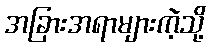
အခြားအရာများကဲ့သို့